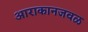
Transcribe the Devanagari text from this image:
आराकानजवळ